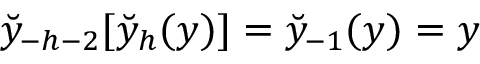
\breve { y } _ { - h - 2 } [ \breve { y } _ { h } ( y ) ] = \breve { y } _ { - 1 } ( y ) = y